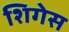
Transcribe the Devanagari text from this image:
शिगेस